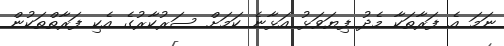
ނަމަ އެ ފަރާތަކާ މެދު ފިޔަވަޅު އަޅާނެ ކަމަށް ސަރުކާރުގެ އެކި ފަރާތްތަކުން